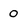
Character: 0